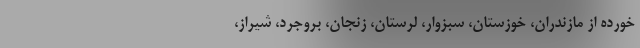
خورده از مازندران، خوزستان، سبزوار، لرستان، زنجان، بروجرد، شیراز،